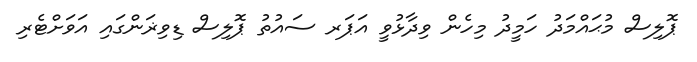
ޕޮލިސް މުޙައްމަދު ހަމީދު މިހެން ވިދާޅުވީ އަޕަރ ސައުތު ޕޮލިސް ޑިވިޜަންގައި އަވަށްޓެރި